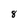
Character: 8